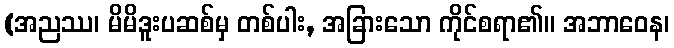
(အညဿ၊ မိမိဒူးပဆစ်မှ တစ်ပါး, အခြားသော ကိုင်စရာ၏။ အဘာဝေန၊